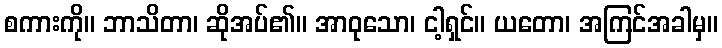
စကားကို။ ဘာသိတာ၊ ဆိုအပ်၏။ အာဝုသော၊ ငါ့ရှင်။ ယတော၊ အကြင်အခါမှ။